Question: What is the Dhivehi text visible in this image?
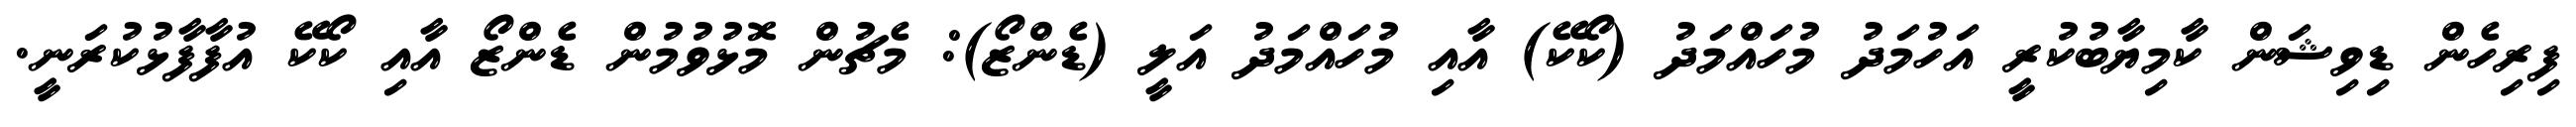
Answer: ފިރިހެން ޑިވިޝަން ކާމިޔާބުކުރީ އަހުމަދު މުހައްމަދު (ކޯކޭ) އާއި މުހައްމަދު އަލީ (ޑެންޒޯ): މެޗުން މޮޅުވުމުން ޑެންޒޯ އާއި ކޯކޭ އުފާފާޅުކުރަނީ.